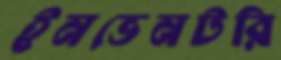
ইনভেনটরি